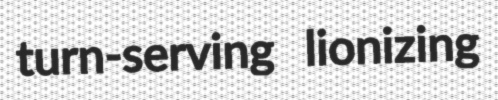
turn-serving lionizing